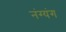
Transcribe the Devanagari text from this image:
नंग्यंग